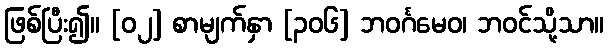
ဖြစ်ပြီး၍။ [၀၂] စာမျက်နှာ [၃၀၆] ဘဝင်္ဂမေဝ၊ ဘဝင်သို့သာ။